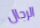
الرجال